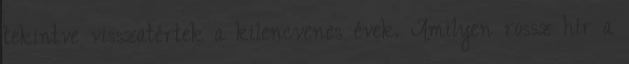
tekintve visszatértek a kilencvenes évek. Amilyen rossz hír a